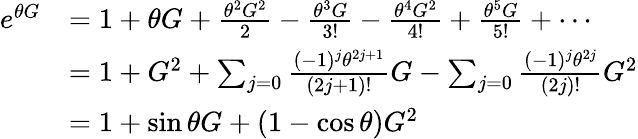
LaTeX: \begin{array}{rl}{e^{\theta G}}&{=1+\theta G+\frac{\theta^{2}G^{2}}{2}-\frac{\theta^{3}G}{3!}-\frac{\theta^{4}G^{2}}{4!}+\frac{\theta^{5}G}{5!}+\cdots}\\ &{=1+G^{2}+\sum_{j=0}\frac{(-1)^{j}\theta^{2j+1}}{(2j+1)!}G-\sum_{j=0}\frac{(-1)^{j}\theta^{2j}}{(2j)!}G^{2}}\\ &{=1+\sin{\theta}G+(1-\cos{\theta})G^{2}}\end{array}